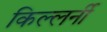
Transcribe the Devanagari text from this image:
किल्लर्नी